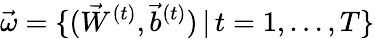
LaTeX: \vec{\omega}=\{ (\vec{W}^{(t)},\vec{b}^{(t)})\, |\, t=1,\dots,T\}